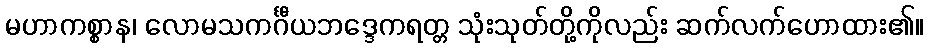
မဟာကစ္စာန၊ လောမသကင်္ဂီယဘဒ္ဒေကရတ္တ သုံးသုတ်တို့ကိုလည်း ဆက်လက်ဟောထား၏။